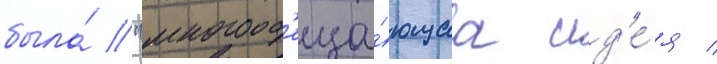
была́ "многооб'еща́ющаа ид'е́я /